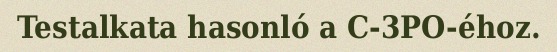
Testalkata hasonló a C-3PO-éhoz.